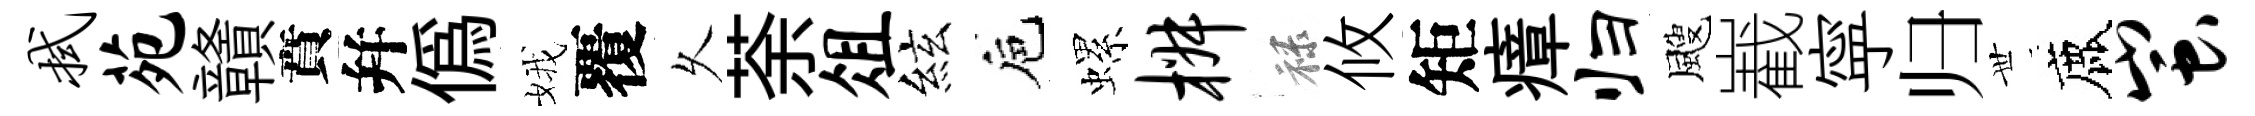
拭苑贛賁幷偽娥覆乆荼俎絃巵螺椒禄攸矩瘴归颼嶻寜归𠀍鹿蚩